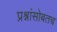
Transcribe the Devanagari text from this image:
प्रश्नांसोबतच